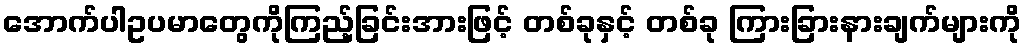
အောက်ပါဥပမာတွေကိုကြည့်ခြင်းအားဖြင့် တစ်ခုနှင့် တစ်ခု ကြားခြားနားချက်များကို